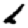
Digit: 2